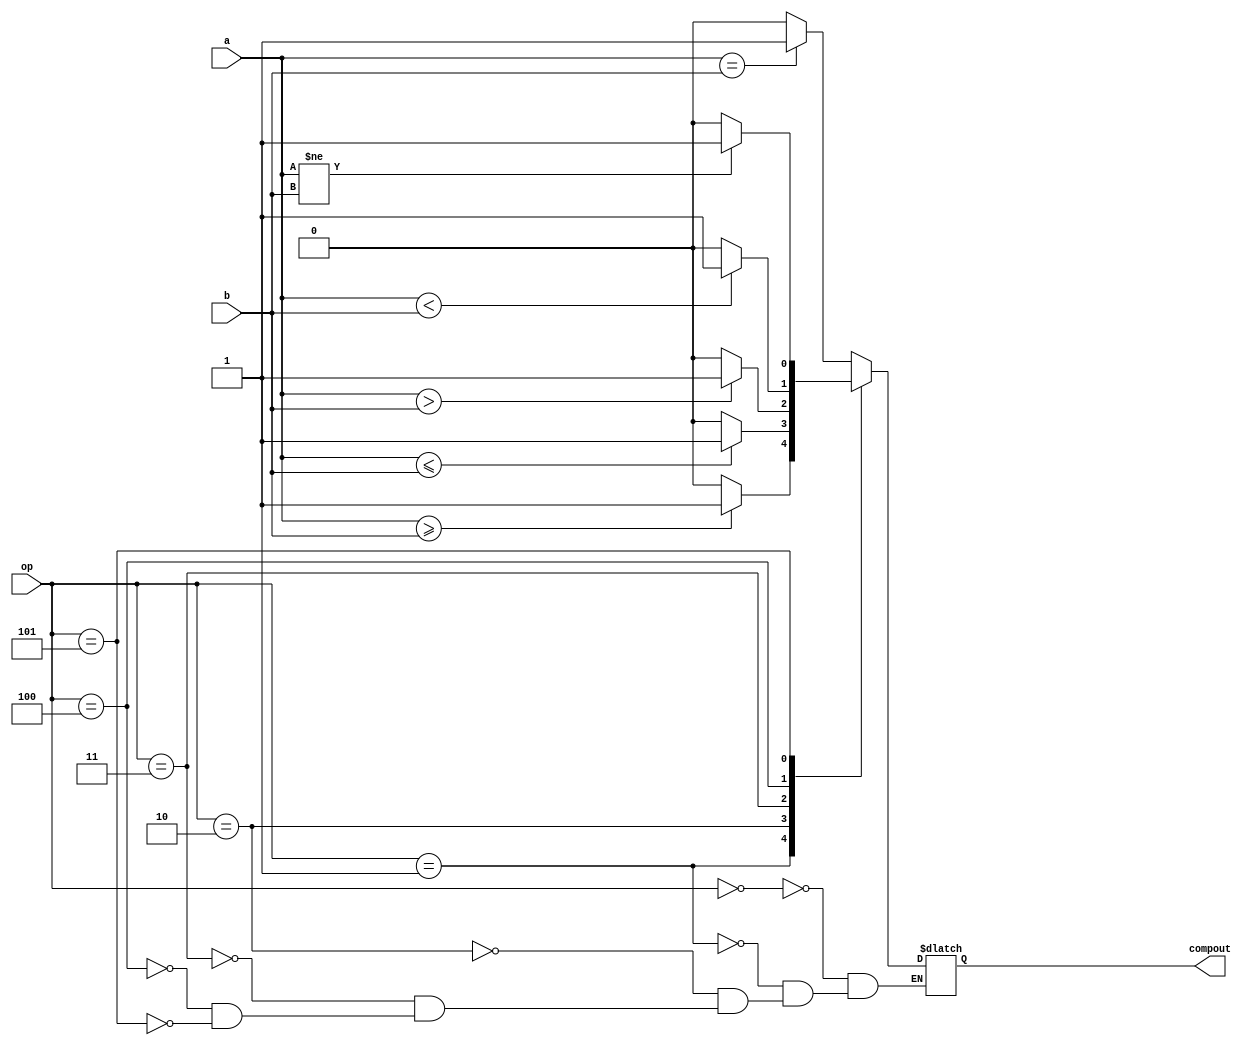
module Comp (

   input  [31:0] a,
   input  [31:0] b,
   input  [2:0]  op,
   output reg    compout

   );
   
   always @(op or a or b) begin
      case(op)

         3'b000:
            // a == b
            compout = (a == b) ? 1'b1 : 1'b0 ;
   
         3'b001:
            // a >= b
            compout = (a >= b) ? 1'b1 : 1'b0 ;

         3'b010:
            // a <= b
            compout = (a <= b) ? 1'b1 : 1'b0 ;
   
         3'b011:
            // a > b
            compout = (a > b) ? 1'b1 : 1'b0 ;
   
         3'b100:
            // a < b
            compout = (a < b) ? 1'b1 : 1'b0 ;
      
         3'b101:
            // a != b
            compout = (a != b) ? 1'b1 : 1'b0 ;
      endcase
   end

endmodule